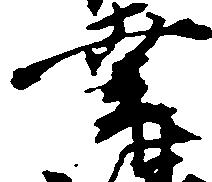
幸